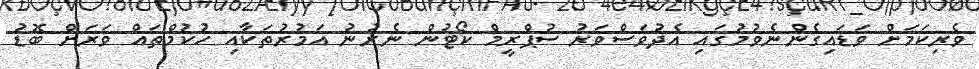
ވެރިކަމަށް ވަޑައިގެންނެވުމުގައި އެދުވަސްވަރު ސުޕްރީމް ކޯޓުން ނެރުނު އަމުރުތަކާއި ހުކުމްތައް ވަރަށް ބޮޑު